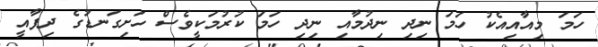
ހަމަ މިއާއިއެކު ހަމަ ނިދި ނިދުމާއި ނިދި ހަމަ ކުރުމަކީވެސް ހަށިގަނޑުގެ ދިފާއީ